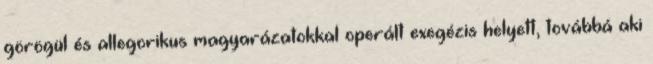
görögül és allegorikus magyarázatokkal operált exegézis helyett, továbbá aki